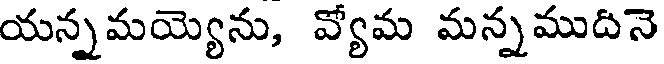
యన్నమయ్యెను, వ్యోమ మన్నముదినె